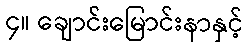
၄။ ချောင်းမြောင်းနာနှင့်